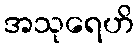
အသုရေဟိ